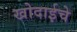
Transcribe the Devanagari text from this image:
खोदाईचे